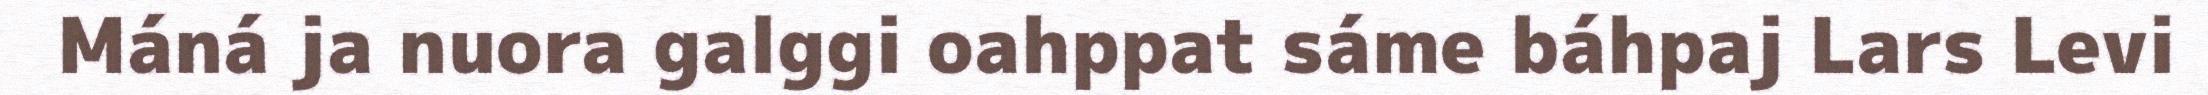
Máná ja nuora galggi oahppat sáme báhpaj Lars Levi